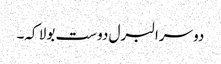
دوسرا لبرل دوست بولا کہ۔